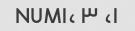
۱، NUM۱، ۳